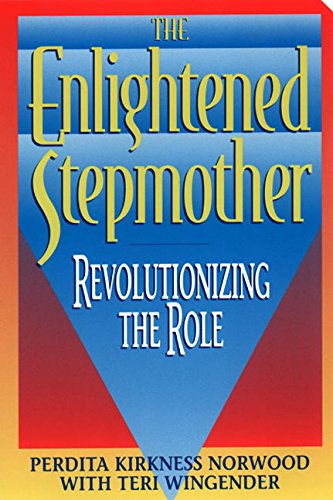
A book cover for The Enlightened Stepmother: Revolutionizing the Role; Perdita K. Norwood; Parenting & Relationships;